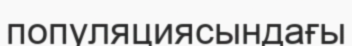
популяциясындағы